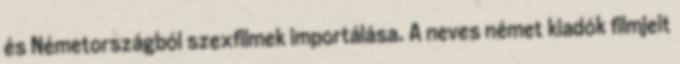
és Németországból szexfilmek importálása. A neves német kiadók filmjeit